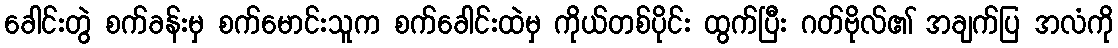
ခေါင်းတွဲ စက်ခန်းမှ စက်မောင်းသူက စက်ခေါင်းထဲမှ ကိုယ်တစ်ပိုင်း ထွက်ပြီး ဂတ်ဗိုလ်၏ အချက်ပြ အလံကို